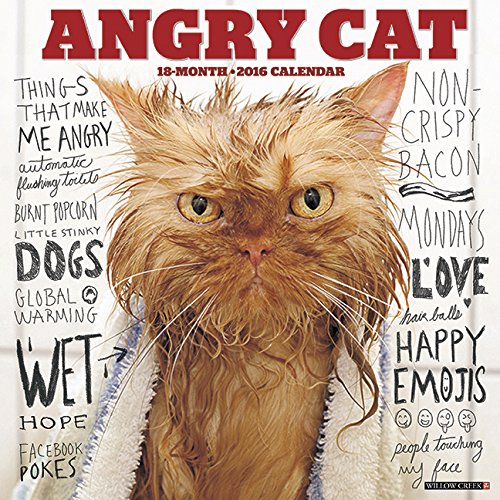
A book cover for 2016 Angry Cat Wall Calendar; Willow Creek Press; Calendars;